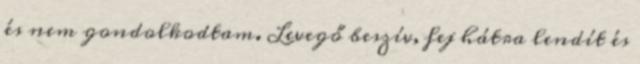
és nem gondolkodtam. Levegő beszív, fej hátra lendít és